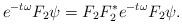
LaTeX: \begin{align*} e^{-t\omega} F_2\psi= F_2 F_2^* e^{-t\omega} F_2 \psi.\end{align*}